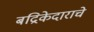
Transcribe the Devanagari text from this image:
बद्रिकेदाराचे